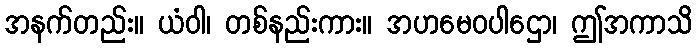
အနက်တည်း။ ယံဝါ၊ တစ်နည်းကား။ အဟမေဝပါဌော၊ ဤအကာသိ